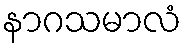
နာဂသမာလံ